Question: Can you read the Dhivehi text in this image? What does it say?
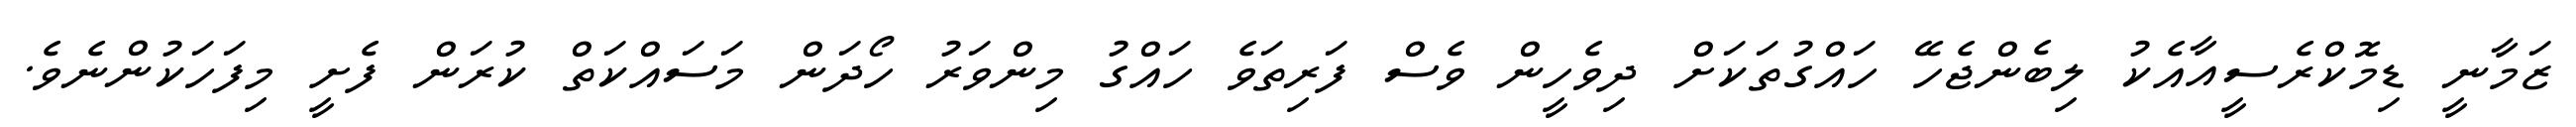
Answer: ޒަމާނީ ޑިމޮކްރެސީއާއެކު ލިބެންޖެހޭ ހައްގުތަކަށް ދިވެހީން ވެސް ފަރިތަވެ ހައްގު މިންވަރު ހޯދަން މަސައްކަތް ކުރަން ފެށީ މިފަހަކުންނެވެ.